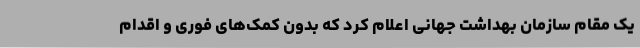
یک مقام سازمان بهداشت جهانی اعلام کرد که بدون کمک‌های فوری و اقدام